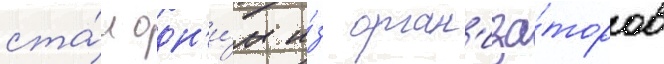
ста́л одн'и́м и́з орган'иза́торов